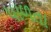
પાળતા